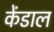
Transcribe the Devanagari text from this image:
केंडाल